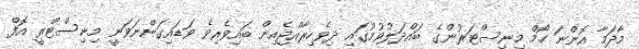
މާދަމާ އޮންނަ ހޯމް މިނިސްޓަރުންގެ ބައްދަލުވުމުގައި ދިވެހިރާއްޖެއިން ބައިވެރިވެ ވަޑައިގަންނަވަނީ މިނިސްޓްރީ އޮފް